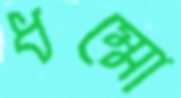
ধম্মো